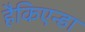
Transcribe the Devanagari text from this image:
हैकिएन्डा